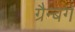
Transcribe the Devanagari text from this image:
ग्रैन्बर्ग